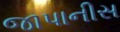
જાપાનીસ